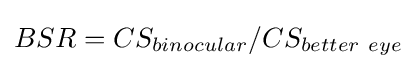
BSR=CS_{binocular}/CS_{better\ eye}